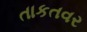
તાકતવર